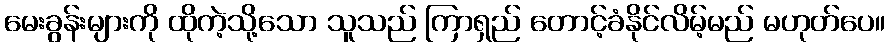
မေးခွန်းများကို ထိုကဲ့သို့သော သူသည် ကြာရှည် တောင့်ခံနိုင်လိမ့်မည် မဟုတ်ပေ။